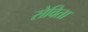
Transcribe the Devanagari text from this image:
सेविता